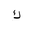
Letter: _kaf